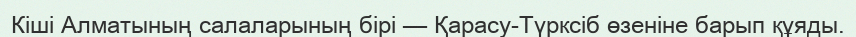
Кіші Алматының салаларының бірі — Қарасу-Түрксіб өзеніне барып құяды.